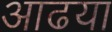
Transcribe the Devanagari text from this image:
आढया